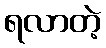
ရလာတဲ့